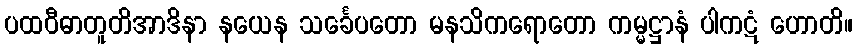
ပထဝီဓာတူတိအာဒိနာ နယေန သင်္ခေပတော မနသိကရောတော ကမ္မဋ္ဌာနံ ပါကဋံ ဟောတိ။